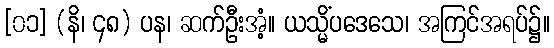
[၀၁] (နိ၊ ၄၈) ပန၊ ဆက်ဦးအံ့။ ယသ္မိံပဒေသေ၊ အကြင်အရပ်၌။